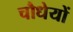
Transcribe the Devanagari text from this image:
चौधेयों